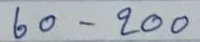
60 - 200